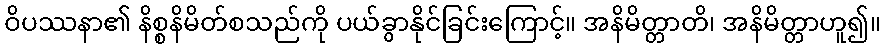
ဝိပဿနာ၏ နိစ္စနိမိတ်စသည်ကို ပယ်ခွာနိုင်ခြင်းကြောင့်။ အနိမိတ္တာတိ၊ အနိမိတ္တာဟူ၍။